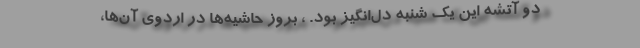
دو آتشه این یک شنبه دل‌انگیز بود. ، بروز حاشیه‌ها در اردوی آن‌ها،